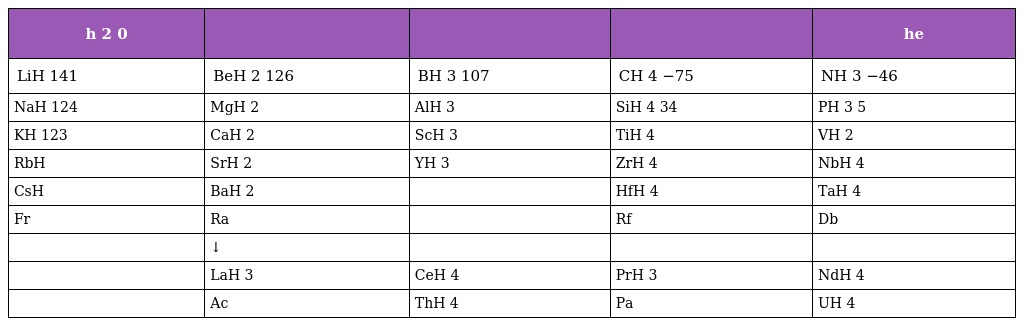
| h 2 0 |  |  |  | he |
 | --- | --- | --- | --- | --- |
 | LiH 141 | BeH 2 126 | BH 3 107 | CH 4 −75 | NH 3 −46 |
 | NaH 124 | MgH 2 | AlH 3 | SiH 4 34 | PH 3 5 |
 | KH 123 | CaH 2 | ScH 3 | TiH 4 | VH 2 |
 | RbH | SrH 2 | YH 3 | ZrH 4 | NbH 4 |
 | CsH | BaH 2 |  | HfH 4 | TaH 4 |
 | Fr | Ra |  | Rf | Db |
 |  | ↓ |  |  |  |
 |  | LaH 3 | CeH 4 | PrH 3 | NdH 4 |
 |  | Ac | ThH 4 | Pa | UH 4 |